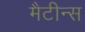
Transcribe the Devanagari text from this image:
मैटीन्स